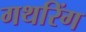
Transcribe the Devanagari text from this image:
गथरिंग